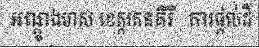
អណ្តូងមាស ខេត្តរតនគិរី  ការផ្តល់ដី